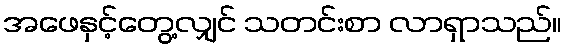
အဖေနှင့်တွေ့လျှင် သတင်းစာ လာရှာသည်။